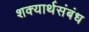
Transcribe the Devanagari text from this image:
शक्यार्थसंबंध